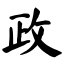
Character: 政